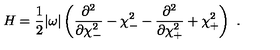
H = \frac { 1 } { 2 } | \omega | \left( \frac { \partial ^ { 2 } } { \partial \chi _ { - } ^ { 2 } } - \chi _ { - } ^ { 2 } - \frac { \partial ^ { 2 } } { \partial \chi _ { + } ^ { 2 } } + \chi _ { + } ^ { 2 } \right) \ .